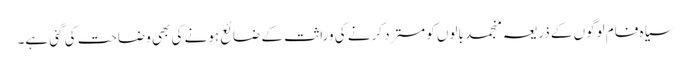
سیاہ فام لوگوں کے ذریعہ منجمد بالوں کو مسترد کرنے کی وراثت کے ضائع ہونے کی بھی وضاحت کی گئی ہے۔